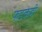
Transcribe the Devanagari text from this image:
फडकेही